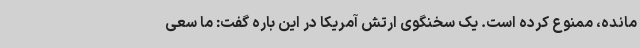
مانده، ممنوع کرده است. یک سخنگوی ارتش آمریکا در این باره گفت: ما سعی